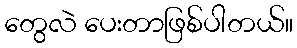
တွေလဲ ပေးတာဖြစ်ပါတယ်။